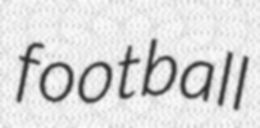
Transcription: football